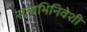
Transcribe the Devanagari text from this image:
सत्यभिनिवेशी